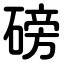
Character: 磅